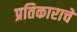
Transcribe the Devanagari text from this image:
प्रतिकाराचे